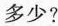
多少?